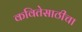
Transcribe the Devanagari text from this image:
कवितेसाठीचा